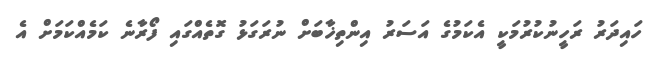
ހައިދަރު ރަހީނުކުރުމަކީ އެކަމުގެ އަސަރު އިންތިޚާބަށް ނުރަގަޅު ގޮތެއްގައި ފޯރާނެ ކަމެއްކަމަށް އެ